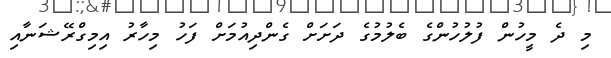
މި ދެ މީހުން ފުލުހުންގެ ބެލުމުގެ ދަށަށް ގެންދިއުމަށް ފަހު މިހާރު އިމިގްރޭޝަނާއި